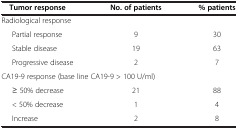
<table><thead><tr><td><b>Tumor response</b></td><td><b>No. of patients</b></td><td><b>% patients</b></td></tr></thead><tbody><tr><td colspan="3">Radiological response</td></tr><tr><td>Partial response</td><td>9</td><td>30</td></tr><tr><td>Stable disease</td><td>19</td><td>63</td></tr><tr><td>Progressive disease</td><td>2</td><td>7</td></tr><tr><td colspan="3">CA19-9 response (base line CA19-9 &gt; 100 U/ml)</td></tr><tr><td>≥ 50% decrease</td><td>21</td><td>88</td></tr><tr><td>&lt; 50% decrease</td><td>1</td><td>4</td></tr><tr><td>Increase</td><td>2</td><td>8</td></tr></tbody></table>